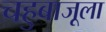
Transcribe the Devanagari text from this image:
चहुबाजूला